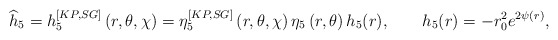
\begin{align*}\widehat{h}_{5}=h_{5}^{[KP,SG]}\left( r,\theta ,\chi \right) =\eta_{5}^{[KP,SG]}\left( r,\theta ,\chi \right) \eta _{5}\left( r,\theta \right)h_{5}(r),\qquad h_{5}(r)=-r_{0}^{2}e^{2\psi (r)}, \end{align*}